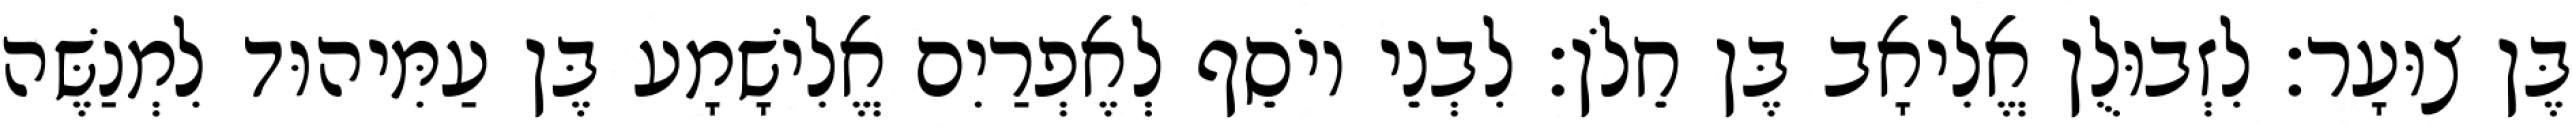
בֶּן צוּעָר׃ לִזְבוּלֻן אֱלִיאָב בֶּן חֵלֹן׃ לִבְנֵי יוֹסֵף לְאֶפְרַיִם אֱלִישָׁמָע בֶּן עַמִּיהוּד לִמְנַשֶּׁה